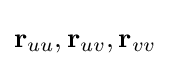
\mathbf {r} _{uu},\mathbf {r} _{uv},\mathbf {r} _{vv}